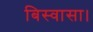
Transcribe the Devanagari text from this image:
बिस्वासा।